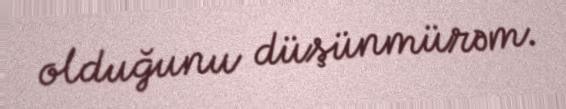
olduğunu düşünmürəm.